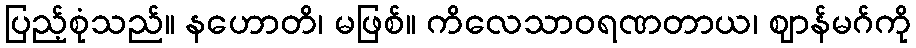
ပြည့်စုံသည်။ နဟောတိ၊ မဖြစ်။ ကိလေသာဝရဏတာယ၊ ဈာန်မဂ်ကို